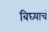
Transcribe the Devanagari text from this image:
बिघ्याचं